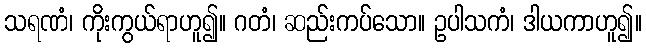
သရဏံ၊ ကိုးကွယ်ရာဟူ၍။ ဂတံ၊ ဆည်းကပ်သော။ ဥပါသကံ၊ ဒါယကာဟူ၍။